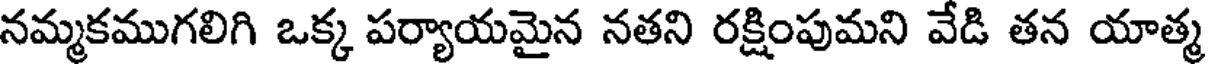
నమ్మకముగలిగి ఒక్క పర్యాయమైన నతని రక్షింపుమని వేడి తన యాత్మ